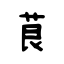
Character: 茛